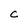
Character: C